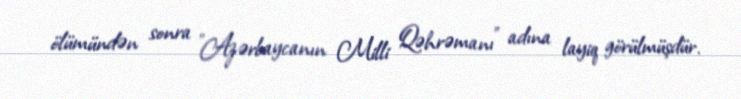
ölümündən sonra "Azərbaycanın Milli Qəhrəmanı" adına layiq görülmüşdür.